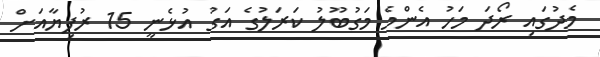
މެދުގައި ރޯދަ މަހު އެންމެ މަގުބޫލު ކަރަލުގެ އަގު އުޅެނީ 15 ރުފިޔާއަށް